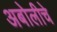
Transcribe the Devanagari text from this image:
अबोलीचे